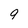
Character: 9